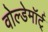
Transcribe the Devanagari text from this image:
वोल्डेमॉर्ट्